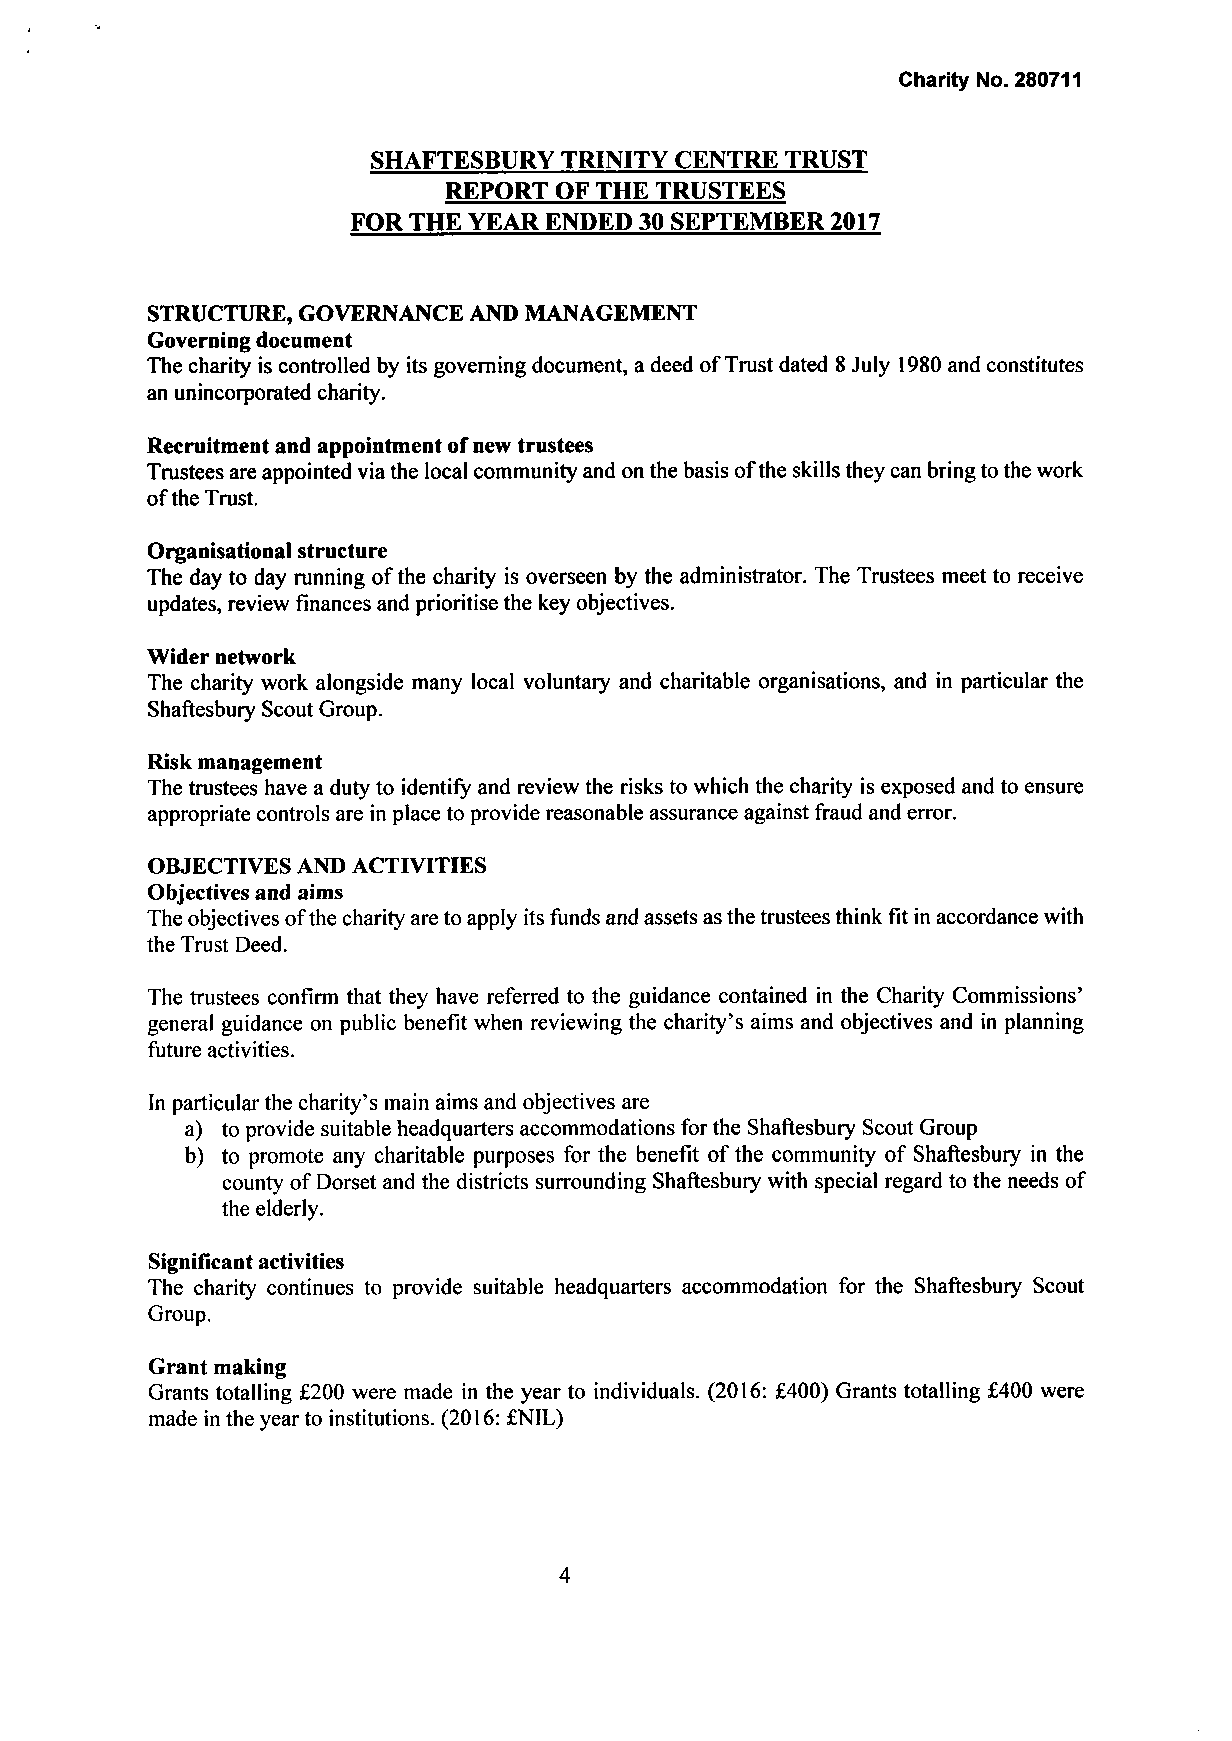
Charity No. 280711
 SHAFTESBURY TRINITY CENTRE TRUST
 REPORT  OF THE TRUSTEES
 FOR THE YEAR ENDED 30 SEPTEMBER 2017
 STRUCTURE, GOVERNANCE AND MANAGEMENT
 Governing document
 The charity is controlled by its governing document, a deed of Trust dated 8 July 1980 and constitutes
 an unincorporated charity.
 Recruitment and appointment of new trustees
 Trustees are appointed via the local community and on the basis of the skills they can bring to the work
 of the Trust.
 Organisational structure
 The day to day running of the charity is overseen by the administrator. The Trustees meet to receive
 updates, review finances and prioritise the key objectives.
 Wider network
 The charity work alongside many local voluntary and charitable organisations, and in particular the
 Shaftesbury Scout Group.
 Risk management
 The trustees have a duty to identify and review the risks to which the charity is exposed and to ensure
 appropriate controls are in place to provide reasonable assurance against fraud and error.
 OBJECTIVES AND ACTIVITIES
 Objectives and aims
 The objectives of the charity are to apply its funds and assets as the trustees think fit in accordance with
 the Trust Deed.
 The trustees confirm that they have referred to the guidance contained in the Charity Commissions'
 general guidance on public benefit when reviewing the charity's aims and objectives and in planning
 future activities.
 In particular the charity's main aims and objectives are
 a) to provide suitable headquarters accommodations for the Shaftesbury Scout Group
 b) to promote any charitable purposes for the benefit of the community of Shaftesbury in the
 county of Dorset and the districts surrounding Shaftesbury with special regard to the needs of
 the elderly.
 Significant activities
 The charity continues to provide suitable headquarters accommodation for the Shaftesbury Scout
 Group.
 Grant making
 Grants totalling £200 were made in the year to individuals. (2016: £400) Grants totalling £400 were
 made in the year to institutions. (2016: £NIL)
 4